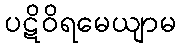
ပဋိဝိရမေယျာမ